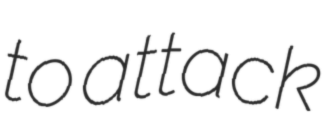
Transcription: to attack